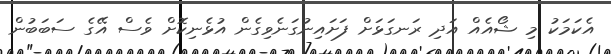
އެކަމަކު މި ޝޯއެއް އަދި ރަނގަޅަށް ފަށައިނުގަނެވިގެން އުޅެނިކޮށް ވެސް އޭގެ ސަބަބުން